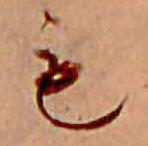
も